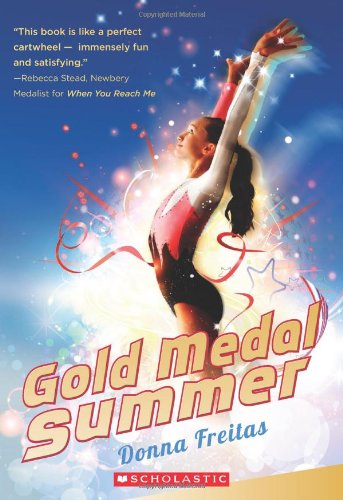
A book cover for Gold Medal Summer; Donna Freitas; Children's Books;